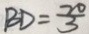
B D = \frac { 2 0 } { 3 }